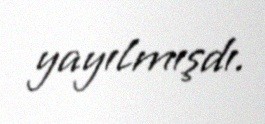
yayılmışdı.